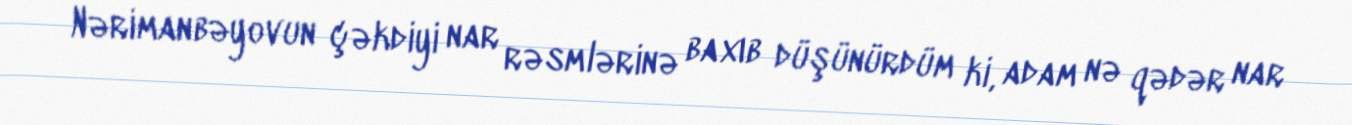
Nərimanbəyovun çəkdiyi nar rəsmlərinə baxıb düşünürdüm ki, adam nə qədər nar